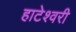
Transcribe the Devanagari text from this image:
हाटेश्वरी